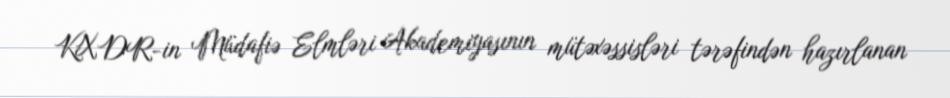
KXDR-in Müdafiə Elmləri Akademiyasının mütəxəssisləri tərəfindən hazırlanan